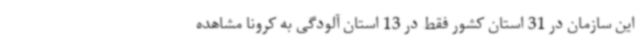
این سازمان در 31 استان کشور فقط در 13 استان آلودگی به کرونا مشاهده